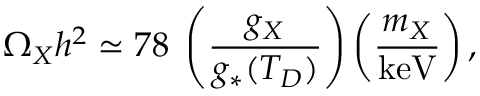
\Omega _ { X } h ^ { 2 } \simeq 7 8 \; \left( \frac { g _ { X } } { g _ { * } ( T _ { D } ) } \right) \left( \frac { m _ { X } } { \mathrm { k e V } } \right) ,